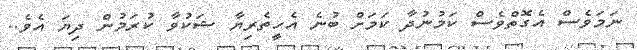
ނަމަވެސް އެގޮތްވެސް ކަމުނުދާ ކަމަށް ބުނެ އެހީތެރިޔާ ޝަކުވާ ކުރަމުން ދިޔަ އެވެ..